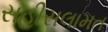
સહીસલામત